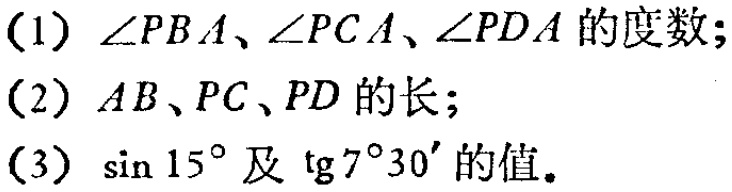
(1) \(\angle PBA、\angle PCA、\angle PDA\)的度数;
(2) \(AB、PC、PD\)的长;
(3) \(\sin 15^{\circ}\)及\(\text{tg}7^{\circ}30'\)的值.